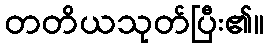
တတိယသုတ်ပြီး၏။